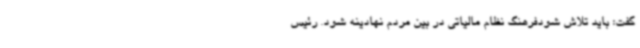
گفت: باید تلاش شودفرهنگ نظام مالیاتی در بین مردم نهادینه شود. رئیس